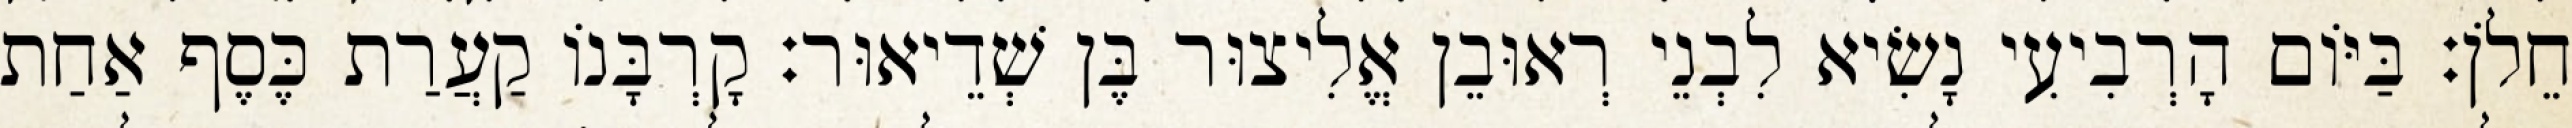
חֵלֹן׃ בַּיּוֹם הָרְבִיעִי נָשִׂיא לִבְנֵי רְאוּבֵן אֱלִיצוּר בֶּן שְׁדֵיאוּר׃ קָרְבָּנוֹ קַעֲרַת כֶּסֶף אַחַת